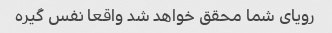
رویای شما محقق خواهد شد واقعا نفس گیره